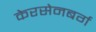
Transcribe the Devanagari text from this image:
केरसेनबर्ग